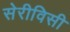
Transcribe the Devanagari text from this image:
सेरीविसी